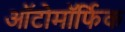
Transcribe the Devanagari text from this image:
ऑटोमॉर्फिक